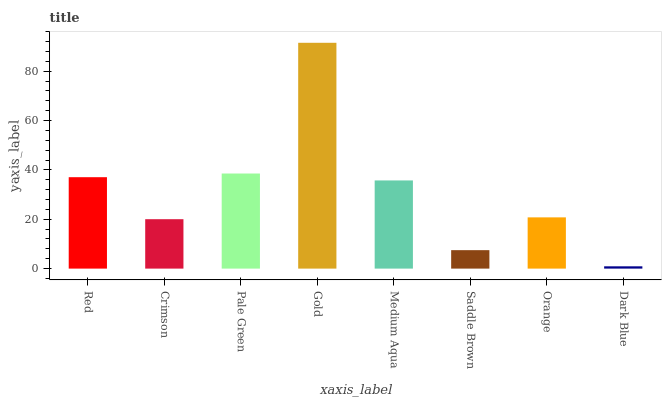
| xaxis_label | bars |
 | --- | --- |
 | Red | 37 |
 | Crimson | 20 |
 | Pale Green | 38.5 |
 | Gold | 91.5 |
 | Medium Aqua | 35.7 |
 | Saddle Brown | 7.48 |
 | Orange | 20.8 |
 | Dark Blue | 0.929 |